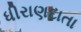
ધીરાણદાતા